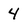
Character: 4